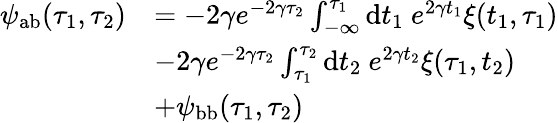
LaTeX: \begin{array}{rl}{\psi_{\mathrm{ab}}(\tau_{1},\tau_{2})}&{=-2\gamma e^{-2\gamma\tau_{2}}\int_{-\infty}^{\tau_{1}}\mathrm{d}t_{1}~e^{2\gamma t_{1}}\xi(t_{1},\tau_{1})}\\ &{-2\gamma e^{-2\gamma\tau_{2}}\int_{\tau_{1}}^{\tau_{2}}\mathrm{d}t_{2}~e^{2\gamma t_{2}}\xi(\tau_{1},t_{2})}\\ &{+\psi_{\mathrm{bb}}(\tau_{1},\tau_{2})}\end{array}